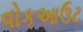
વોકઆઉટ